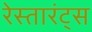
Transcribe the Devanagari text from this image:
रेस्तारंट्स